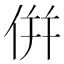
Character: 倂